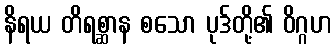
နိရယ တိရစ္ဆာန စသော ပုဒ်တို့၏ ဝိဂ္ဂဟ